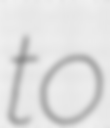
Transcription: to